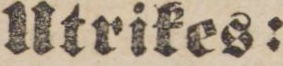
Utrikes: